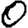
Digit: 0